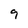
Character: 9